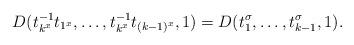
LaTeX: \begin{align*}D(t_{k^x}^{-1}t_{1^x},\dots,t_{k^x}^{-1}t_{(k-1)^x},1)=D(t_1^\sigma,\dots,t_{k-1}^\sigma,1).\end{align*}